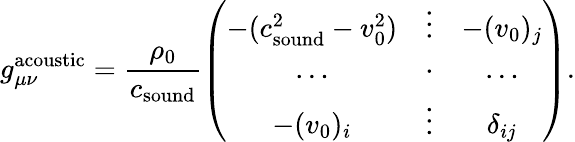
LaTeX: g_{\mu\nu}^{\mathrm{acoustic}}=\frac{\rho_{0}}{c_{\mathrm{sound}}}\left(\begin{array}{ccc}{-(c_{\mathrm{sound}}^{2}-v_{0}^{2})}&{\vdots}&{-(v_{0})_{j}}\\ {\ldots}&{\cdot}&{\ldots}\\ {-(v_{0})_{i}}&{\vdots}&{\delta_{ij}}\end{array}\right).